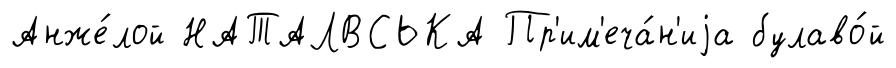
Анже́лой НАТАЛВСЬКА Пр'им'еча́н'иjа булаво́й